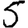
Digit: 5